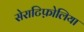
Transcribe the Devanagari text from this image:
सेराटिफ़ोलिया